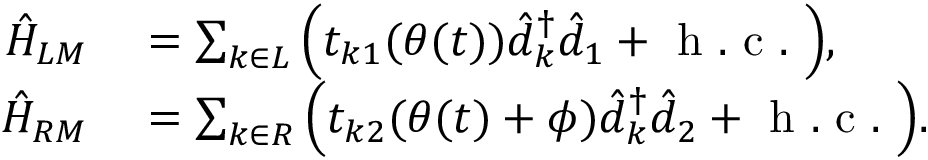
\begin{array} { r l } { \hat { H } _ { L M } } & { { } = \sum _ { k \in L } \Big ( t _ { k 1 } ( \theta ( t ) ) \hat { d } _ { k } ^ { \dagger } \hat { d } _ { 1 } + \mathrm { ~ h ~ . ~ c ~ . ~ } \Big ) , } \\ { \hat { H } _ { R M } } & { { } = \sum _ { k \in R } \Big ( t _ { k 2 } ( \theta ( t ) + \phi ) \hat { d } _ { k } ^ { \dagger } \hat { d } _ { 2 } + \mathrm { ~ h ~ . ~ c ~ . ~ } \Big ) . } \end{array}